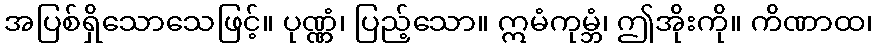
အပြစ်ရှိသောသေဖြင့်။ ပုဏ္ဏံ၊ ပြည့်သော။ ဣမံကုမ္ဘံ၊ ဤအိုးကို။ ကိဏာထ၊